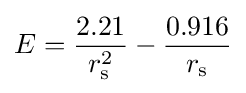
E={\frac {2.21}{r_{\rm {s}}^{2}}}-{\frac {0.916}{r_{\rm {s}}}}